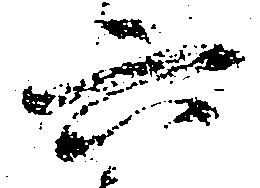
六